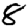
Digit: 8